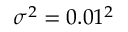
\sigma ^ { 2 } = 0 . 0 1 ^ { 2 }